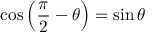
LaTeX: \cos \left( { \frac { \pi } { 2 } } - \theta \right) = \sin \theta